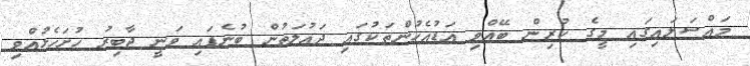
މައްސަލައިގައި މީގެ ކުރިން ބޭއްވި އަޑުއެހުންތަކުގައި ދައުލަތުން ބުނެފައި ވަނީ ޖާބިރު ހުށަހެޅުއްވި